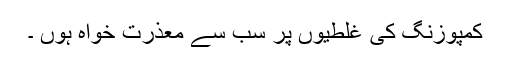
کمپوزنگ کی غلطیوں پر سب سے معذرت خواہ ہوں ۔